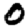
Digit: 0